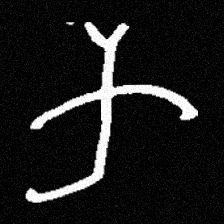
Pyu character \u2014 Myanmar letter: က (romanized: ka)